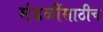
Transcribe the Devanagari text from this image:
मंडळींसाठीच